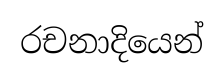
රචනාදියෙන්